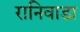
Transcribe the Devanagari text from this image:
रानिवाडा